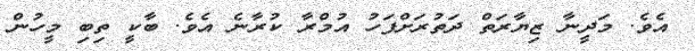
އެވެ. މަދީނާ ޒިޔާރަތް ދަތުރަށްފަހު އުމްރާ ކުރާނެ އެވެ. ބާކީ ތިބި މީހުން